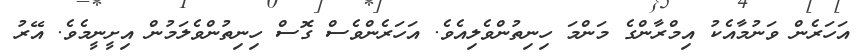
އަހަރެން ވަނުމާއެކު އިމްރާންގެ މަންމަ ހިނިތުންވެލިއެވެ. އަހަރެންވެސް ގޮސް ހިނިތުންވެލަމުން އިށީނީމެވެ. އޭރު